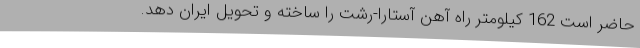
حاضر است 162 کیلومتر راه آهن آستارا-رشت را ساخته و تحویل ایران دهد.